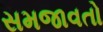
સમજાવતો